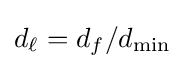
d_{\ell }=d_{f}/d_{\mathrm {min} }